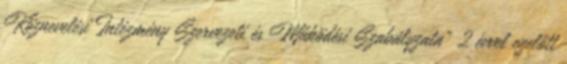
Köznevelési Intézmény Szervezeti és Működési Szabályzata" 2 évvel ezelőtt